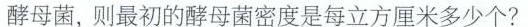
酵母菌，密度是每立方厘米多少个?